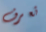
تعرف